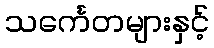
သင်္ကေတများနှင့်